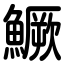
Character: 鱖